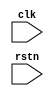
module test(
clk,
rstn
);

input clk, rstn;

wire clk;
wire rstn;



wire [3:0] a;
wire [3:0] b;
reg status;
reg [31:0] c[3:0];

  always @(posedge clk) begin
    if({b[1],a[3:2]} == 3'b 001) begin
      status <= 1'b 1;
      c[0] <= 16'h FFFF;
    end
  end


endmodule